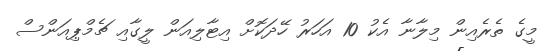
މީގެ ތެރެއިން މިލާނާ އެކު 10 އަހަރު ހޭދަކޮށް އިޓާލިއަން ލީގާއި ޗެމްޕިއަންސް